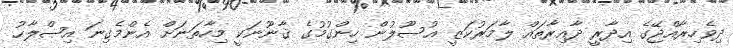
ދިވެހިރާއްޖޭގެ އިދާރީ ދާއިރާތައް ލާމަރުކަޒީ އުސޫލުން ހިންގުމުގެ ޤާނޫނަކީ މިހާތަނަށް އެންމެގިނަ އިޞްލާޙު